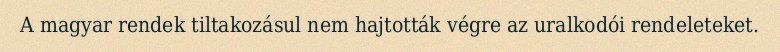
A magyar rendek tiltakozásul nem hajtották végre az uralkodói rendeleteket.